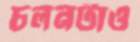
চলনটাও